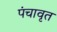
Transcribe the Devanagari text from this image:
पंचावृत